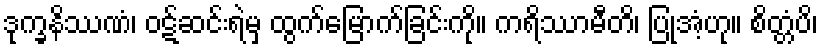
ဒုက္ခနိဿဏံ၊ ဝဋ်ဆင်းရဲမှ ထွက်မြောက်ခြင်းကို။ ကရိဿာမီတိ၊ ပြုအံ့ဟု။ စိတ္တံပိ၊